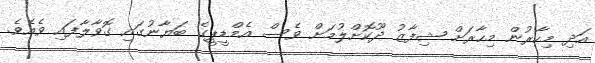
އަދި މިހާރުން މިހާރަށް ޝިފާޒު ދޫކޮށްލުމަށް ވެސް އެމްޑީޕީގެ ބަޔާނުގައި ގޮވާލާފައި ވެއެވެ.